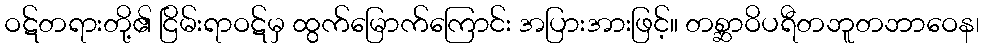
ဝဋ်တရားတို့၏ ငြိမ်းရာဝဋ်မှ ထွက်မြောက်ကြောင်း အပြားအားဖြင့်။ တစ္ဆာဝိပရီတဘူတဘာဝေန၊